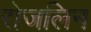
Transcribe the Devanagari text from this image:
रोजलिन